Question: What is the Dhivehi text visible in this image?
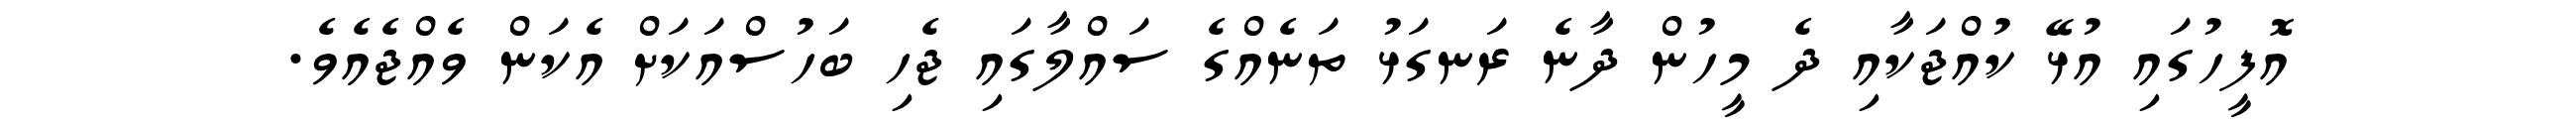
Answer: އޮފީހުގައި އުޅޭ ކުއްޖަކާއި ދެ މީހުން ދާނެ ރަނގަޅު ތަނެއްގެ ސައްލާގައި ޖެހި ބަހުސްއަކަށް އެކަން ވެއްޖެއެވެ.